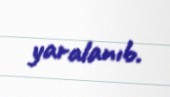
yaralanıb.